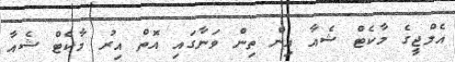
އެލްޖީގެ މާކެޓް ޝެއާ އިން ތިން ވަނާގައި އޮތް އިރު މާކެޓް ޝެއާ